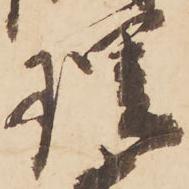
理